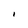
Character: i